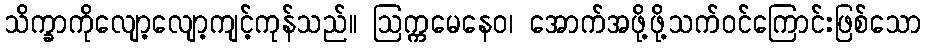
သိက္ခာကိုလျော့လျော့ကျင့်ကုန်သည်။ ဩက္ကမေနေဝ၊ အောက်အဖို့ဖို့သက်ဝင်ကြောင်းဖြစ်သော